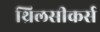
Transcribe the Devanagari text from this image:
थ्रिलसीकर्स